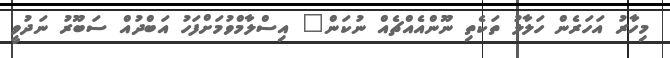
މިހާރު އަހަރެން ހަލާލު ތަކެތި ނޫންއެއްޗެއް ނުކަން" އިސްލާމްވުމަށްފަހު އަބްދުއް ސަބޫރު ނަދުވީ